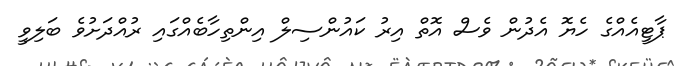
ޕާޓީއެއްގެ ހެޔޮ އެދުން ވެސް އޮތް އިރު ކައުންސިލް އިންތިހާބެއްގައި ރުއްދަށުވެ ބަލިވީ